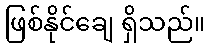
ဖြစ်နိုင်ချေ ရှိသည်။